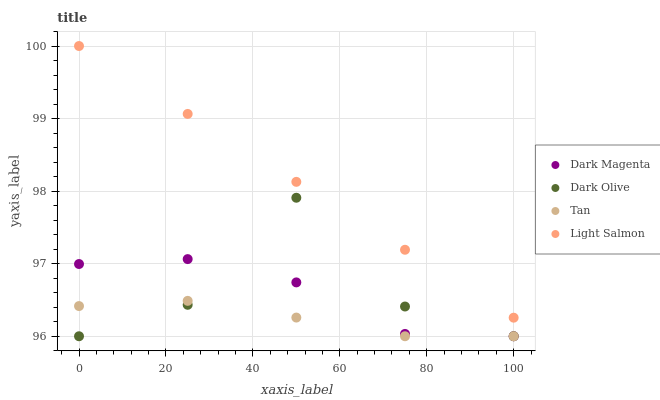
| xaxis_label | Dark Magenta | Dark Olive | Tan | Light Salmon |
 | --- | --- | --- | --- | --- |
 | 0 | 97 | 96 | 96.4 | 100 |
 | 25 | 97.1 | 96.4 | 96.5 | 99.1 |
 | 50 | 96.7 | 97.9 | 96.3 | 98.1 |
 | 75 | 96 | 96.4 | 96 | 97.2 |
 | 100 | 96 | 96 | 96 | 96.3 |